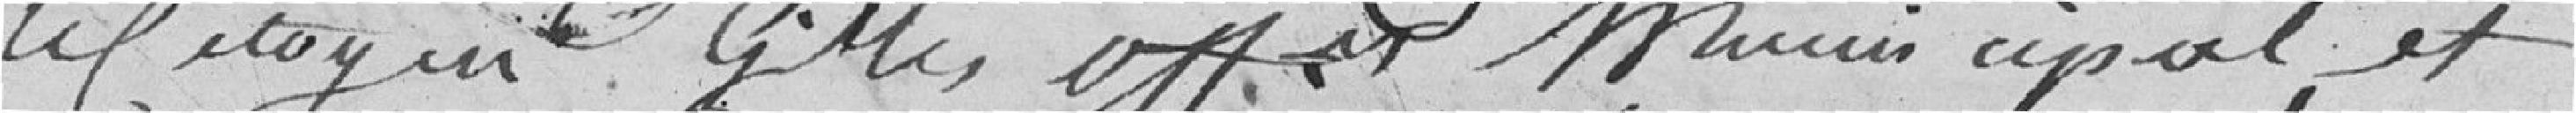
le citoyen GILLES officier municipal et